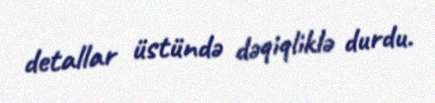
detallar üstündə dəqiqliklə durdu.